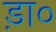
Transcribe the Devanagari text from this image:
ड़ा०